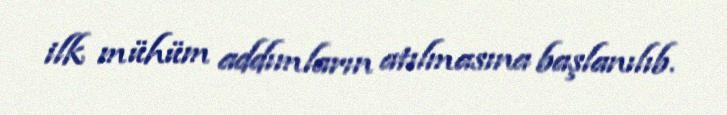
ilk mühüm addımların atılmasına başlanılıb.